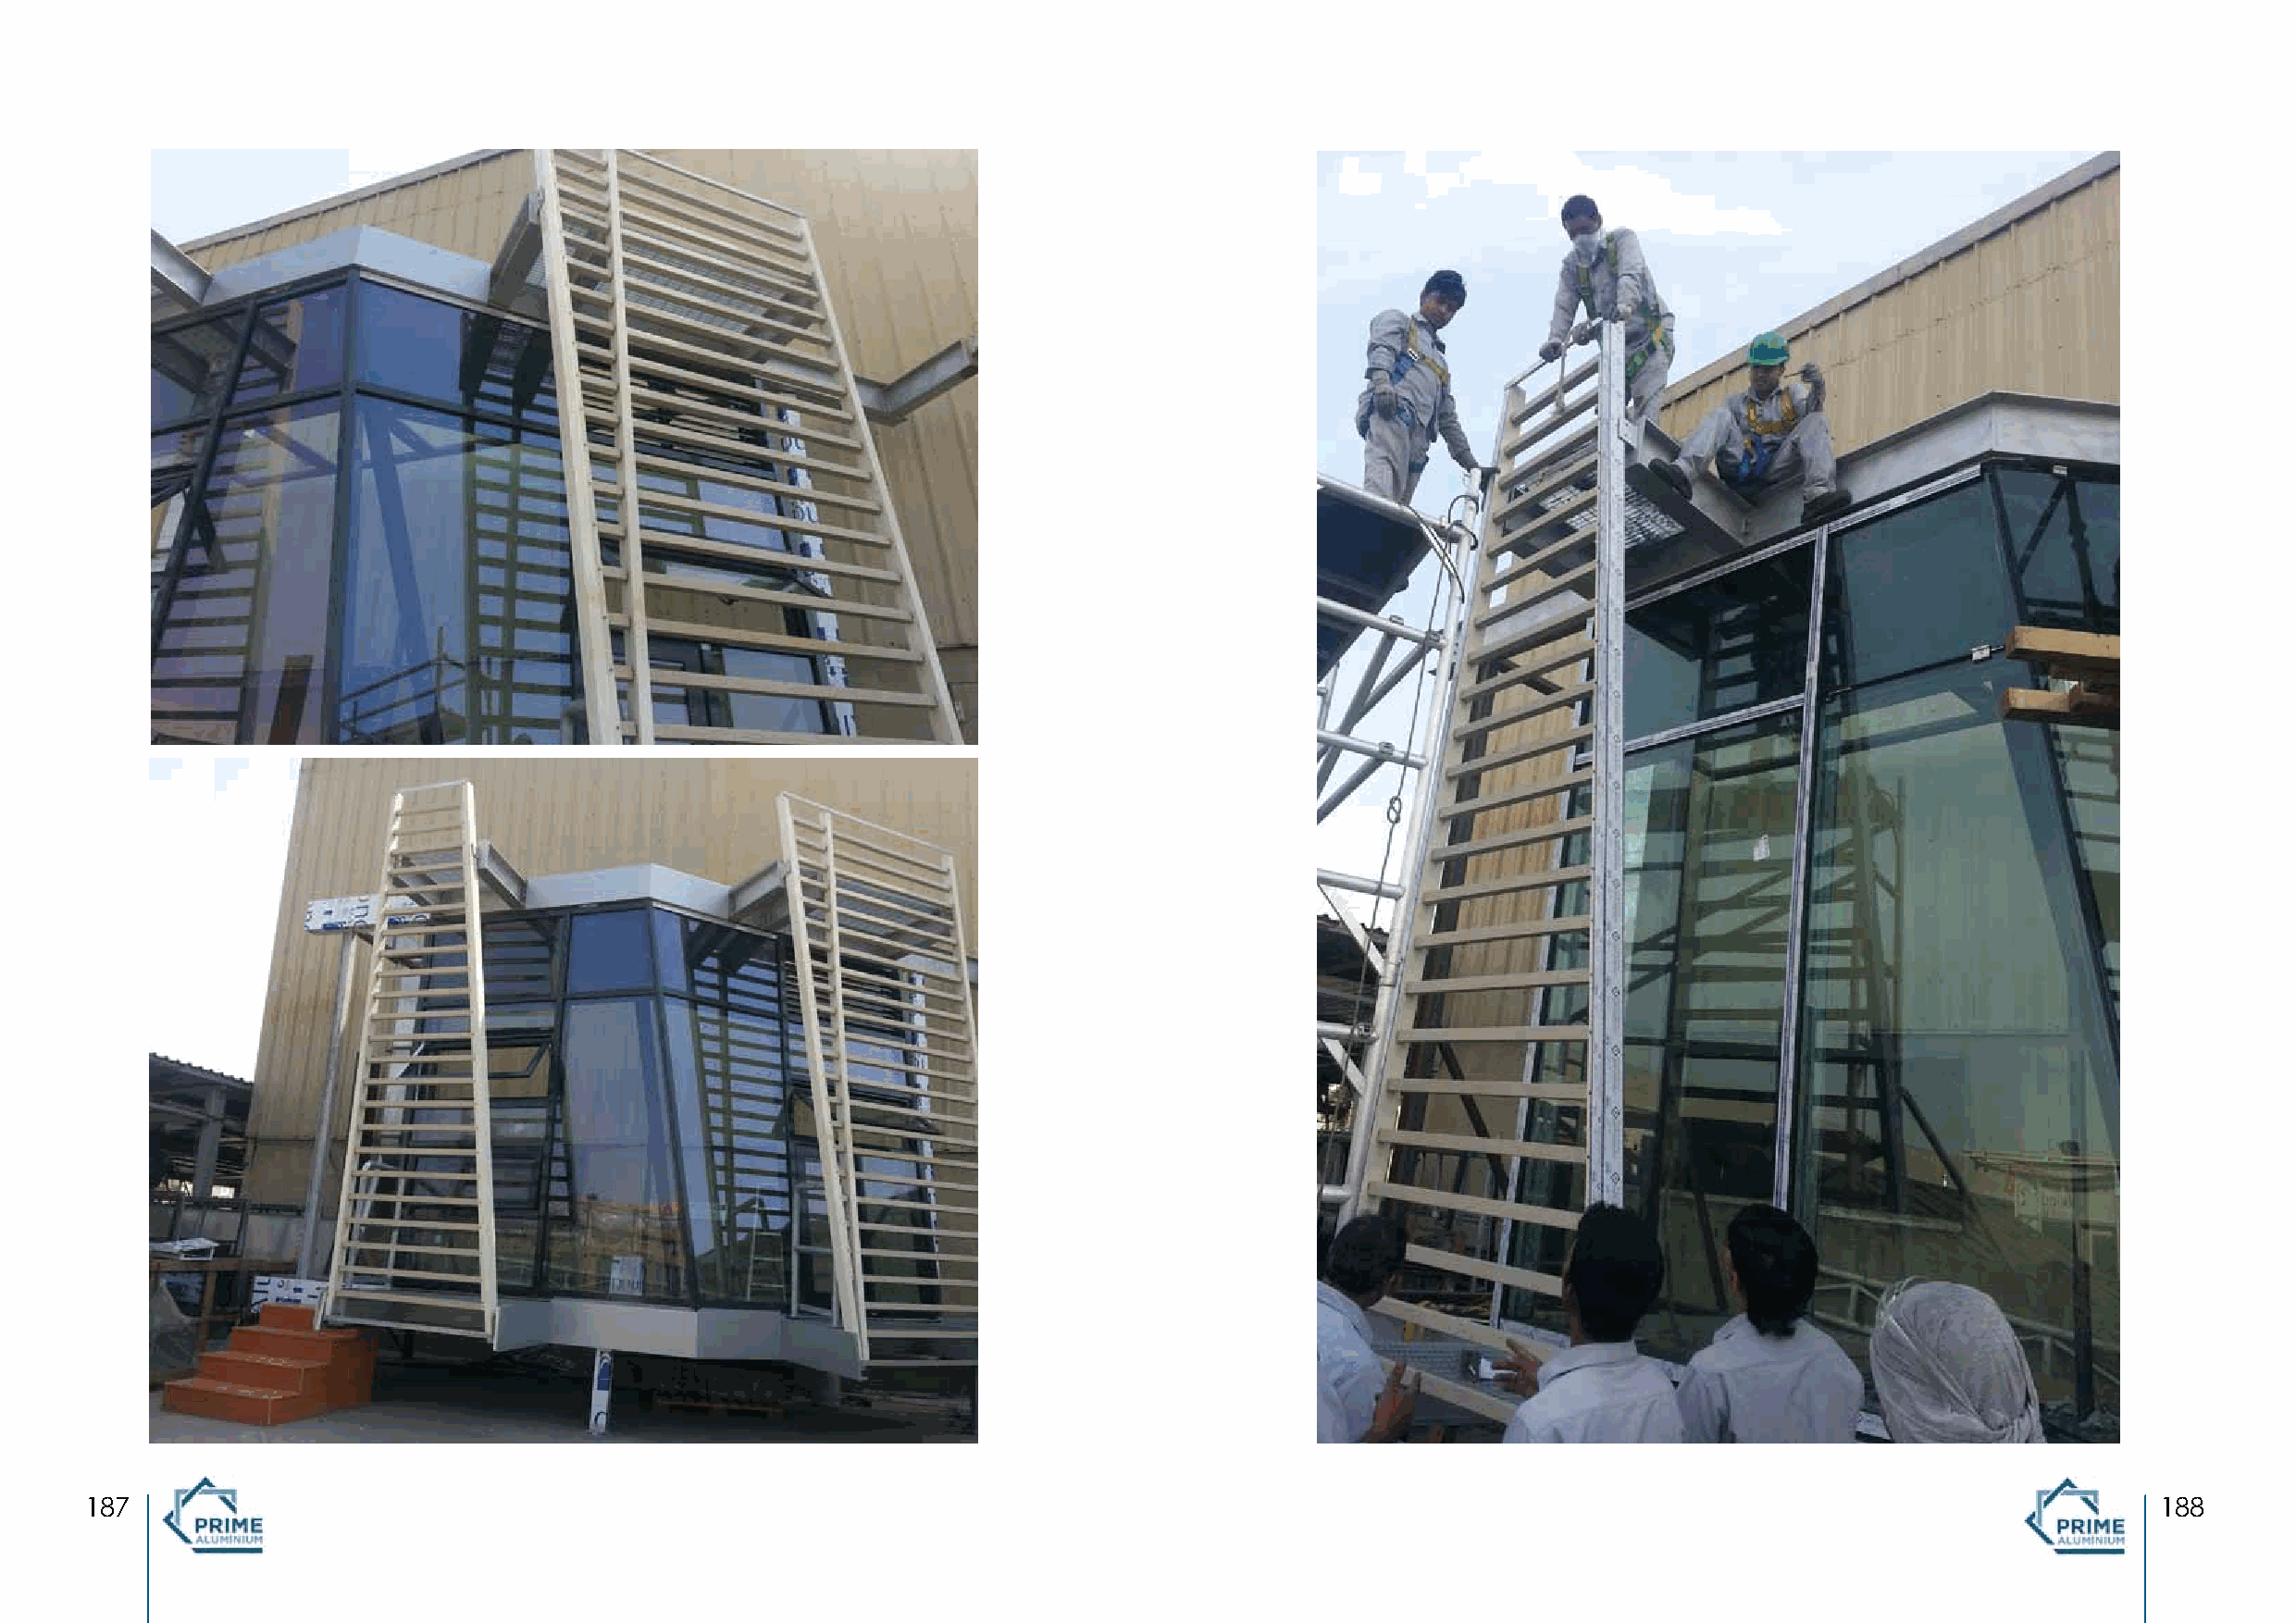
187                                                                                                                                                 188